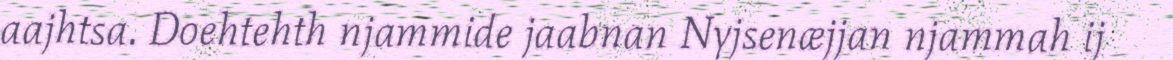
aajhtsa. Doehtehth njammide jaabnan Nyjsenæjjan njammah ij